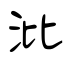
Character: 沘